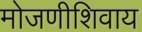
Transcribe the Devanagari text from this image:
मोजणीशिवाय